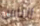
الناس